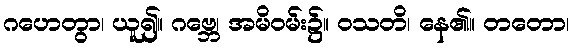
ဂဟေတွာ၊ ယူ၍။ ဂဗ္ဘေ၊ အမိဝမ်း၌။ ဝသတိ၊ နေ၏။ တတော၊